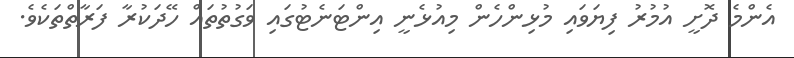
އެންމެ ދޮށީ އުމުރު ފިޔަވައި މުޅިންހެން މިއުޅެނީ އިންޓަނެޓުގައި ވަގުތުތައް ހޭދަކުރާ ފަރާތްތަކެވެ.